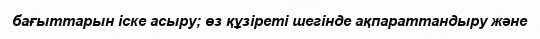
бағыттарын іске асыру; өз құзіреті шегінде ақпараттандыру және